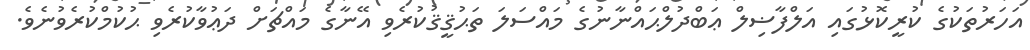
އަހަރުތަކުގެ ކުރީކޮޅުގައި އަލްފާޟިލް ޢަބްދުލްޙައްނާނުގެ މައްސަލަ ތަޙުޤީޤުކުރެވި އޭނާގެ މައްޗަށް ދަޢުވާކުރެވި ޙުކުމްކުރެވުނެވެ.